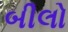
બીલો